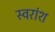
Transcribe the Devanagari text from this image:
स्वरांश